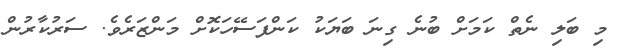
މި ބަލި ނެތް ކަމަށް ބުނެ ގިނަ ބަޔަކު ކަންފަސޭހަކޮށް މަންޒަރެވެ. ސަރުކާރުން